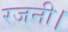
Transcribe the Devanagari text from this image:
रजनी।